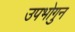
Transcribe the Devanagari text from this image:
उपभोगुन